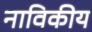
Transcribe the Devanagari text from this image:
नाविकीय